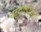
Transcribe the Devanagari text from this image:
चट्ट्यापट्टयाचे